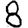
Digit: 8